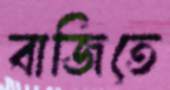
বাজিতে